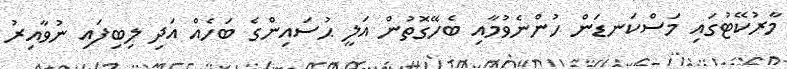
މާރުކޭޓުގައި މަސްކަނޑަން ހުންނެވުމާއި ބެހޭގޮތުން އަލީ ޙުސައިންގެ ބަހެއް އަދި ލިބިފައި ނުވާއިރު